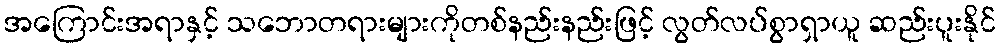
အကြောင်းအရာနှင့် သဘောတရားများကိုတစ်နည်းနည်းဖြင့် လွတ်လပ်စွာရှာယူ ဆည်းပူးနိုင်